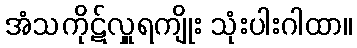
အံသကိုဋ်လှူရကျိုး သုံးပါးဂါထာ။